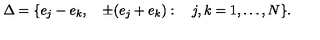
\Delta = \{ e _ { j } - e _ { k } , \quad \pm ( e _ { j } + e _ { k } ) : \quad j , k = 1 , \ldots , N \} .